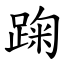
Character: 踘